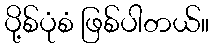
ပို့စ်ပုံစံ ဖြစ်ပါတယ်။